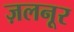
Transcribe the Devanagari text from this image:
ज़लनूर